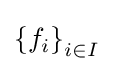
\left\{f_{i}\right\}_{i\in I}